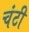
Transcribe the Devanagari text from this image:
चंटी